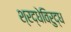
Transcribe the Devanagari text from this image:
श्रद्धेविरुद्ध